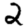
Digit: 2